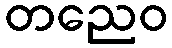
တညေဝ